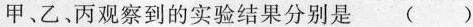
甲、乙、丙观察到的实验结果分别是 ( )